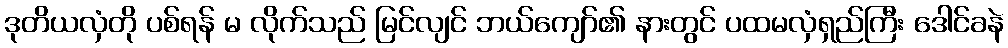
ဒုတိယလှံတို ပစ်ရန် မ လိုက်သည် မြင်လျင် ဘယ်ကျော်၏ နားတွင် ပထမလှံရှည်ကြီး ဒေါင်ခနဲ